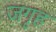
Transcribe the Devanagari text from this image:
जगृह